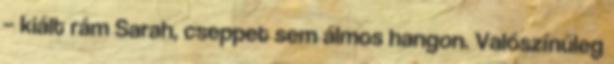
– kiált rám Sarah, cseppet sem álmos hangon. Valószínűleg